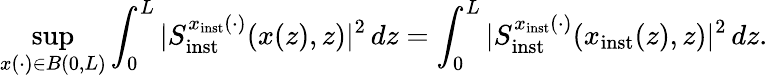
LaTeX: \operatorname*{sup}_{x(\cdot)\in B(0,L)}\int_{0}^{L}\vert S_{\mathrm{inst}}^{x_{\mathrm{inst}}(\cdot)}(x(z),z)\vert^{2}\, dz=\int_{0}^{L}\vert S_{\mathrm{inst}}^{x_{\mathrm{inst}}(\cdot)}(x_{\mathrm{inst}}(z),z)\vert^{2}\, dz.